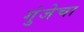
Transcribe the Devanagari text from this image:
गुंजेचा